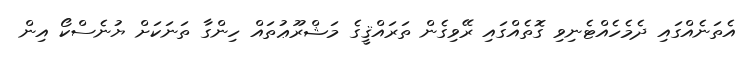
އެތަނެއްގައި ދެމެހެއްޓެނިވި ގޮތެއްގައި ރޭވިގެން ތަރައްޤީގެ މަޝްރޫޢުތައް ހިންގާ ތަނަކަށް ޔުނެސްކޯ އިން